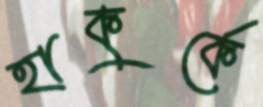
হাকুর্কে